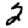
Digit: 2